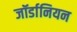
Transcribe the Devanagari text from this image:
जॉर्डानियन